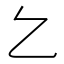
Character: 𠃉